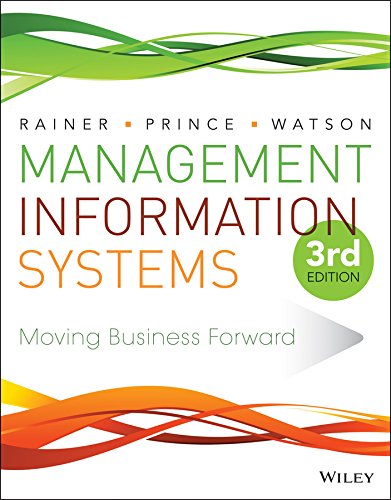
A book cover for Management Information Systems; R. Kelly Rainer; Computers & Technology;